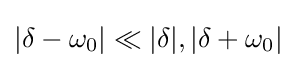
|\delta -\omega _{0}|\ll |\delta |,|\delta +\omega _{0}|